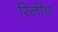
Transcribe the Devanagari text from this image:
रिलीव